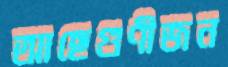
আছেগুণীজন